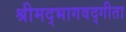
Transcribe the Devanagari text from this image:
श्रीमद्भागवद्गीता